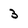
Character: 3